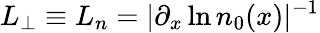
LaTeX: L_{\perp}\equiv L_{n}=|\partial_{x}\ln n_{0}(x)|^{-1}